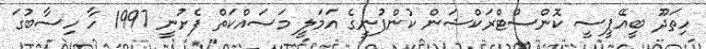
ހިތަދޫ ބީއޭޕީސީ ކޮންސްޓްރަކްޝަން ކުންފުނީގެ އަމަލީ މަސައްކަތް ފެށުނީ 1997 ހާ ހިސާބުގަ